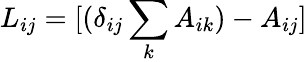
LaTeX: L_{ij}=[(\delta_{ij}\sum_{k}A_{ik})-A_{ij}]